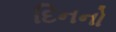
દિનનો